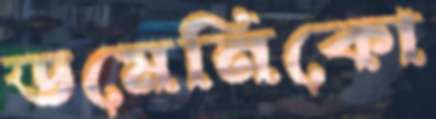
ডমেনিকো